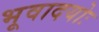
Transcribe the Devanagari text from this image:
भूवादयोः